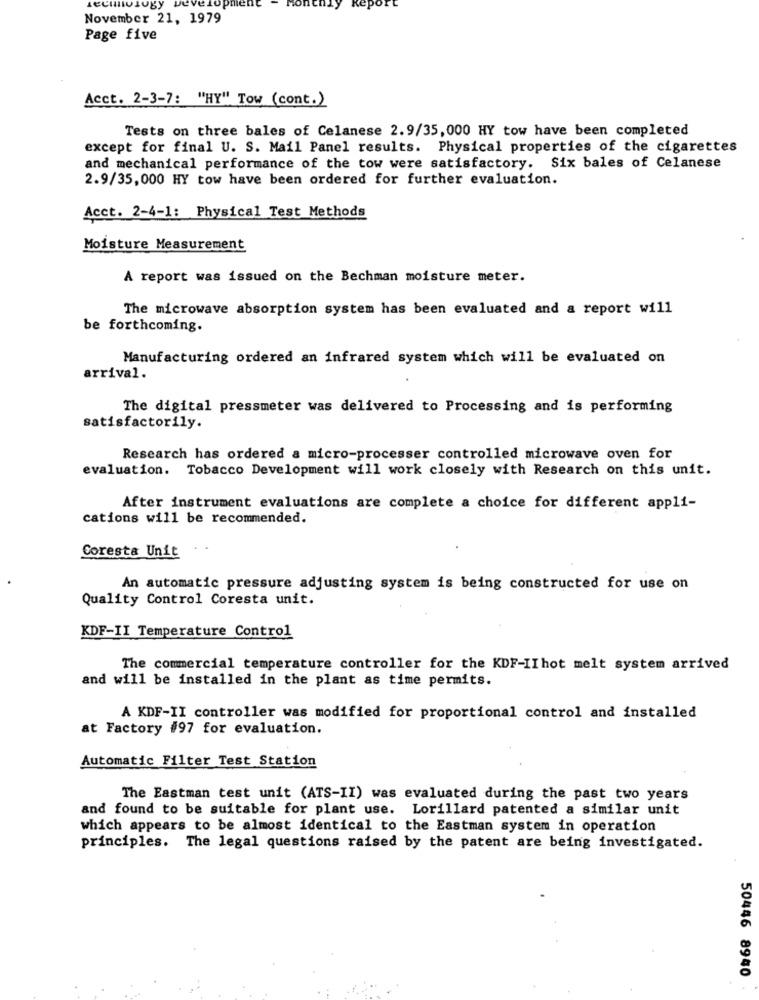
Ugy
November 21, 1979
Page five
Acct. 2-3-7: "HY" Tow (cont.)
Tests on three bales of Celanese 2.9/35, 000 HY tow have been completed
except for final U. S. Mail Panel results. Physical properties of the cigarettes
and mechanical performance of the tow were satisfactory. Six bales of Celanese
2.9/35,000 HY tow have been ordered for further evaluation.
Acct. 2-4-1: Physical Test Methods
Moisture Measurement
A report was issued on the Bechman moisture meter.
The microwave absorption system has been evaluated and a report will
be forthcoming.
Manufacturing ordered an infrared system which will be evaluated on
arrival.
The digital pressmeter was delivered to Processing and is performing
satisfactorily.
Research has ordered a micro-processer controlled microwave oven for
evaluation. Tobacco Development will work closely with Research on this unit.
After instrument evaluations are complete a choice for different appli-
cations will be recommended.
Coresta Unit
An automatic pressure adjusting system is being constructed for use on
Quality Control Coresta unit.
KDF-II Temperature Control
The commercial temperature controller for the KDF-IIhot melt system arrived
and will be installed in the plant as time permits.
A KDF-II controller was modified for proportional control and installed
at Factory #97 for evaluation.
Automatic Filter Test Station
The Eastman test unit (ATS-II) was evaluated during the past two years
and found to be suitable for plant use. Lorillard patented a similar unit
which appears to be almost identical to the Eastman system in operation
principles. The legal questions raised by the patent are being investigated.
50446 8940